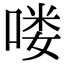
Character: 喽